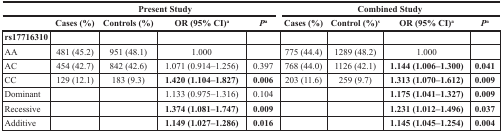
<table><thead><tr><td></td><td colspan="4"><b>Present Study</b></td><td colspan="4"><b>Combined Study</b></td></tr><tr><td></td><td><b>Cases (%)</b></td><td><b>Controls (%)</b></td><td><b>OR (95% CI)<sup>a</sup></b></td><td><b><i>P</i><sup>a</sup></b></td><td><b>Cases (%)</b></td><td><b>Control (%)<sup>s</sup></b></td><td><b>OR (95% CI)<sup>a</sup></b></td><td><b><i>P</i><sup>a</sup></b></td></tr></thead><tbody><tr><td><b>rs17716310</b></td><td></td><td></td><td></td><td></td><td></td><td></td><td></td><td></td></tr><tr><td>AA</td><td>481 (45.2)</td><td>951 (48.1)</td><td>1.000</td><td></td><td>775 (44.4)</td><td>1289 (48.2)</td><td>1.000</td><td></td></tr><tr><td>AC</td><td>454 (42.7)</td><td>842 (42.6)</td><td>1.071 (0.914–1.256)</td><td>0.397</td><td>768 (44.0)</td><td>1126 (42.1)</td><td><b>1.144 (1.006–1.300)</b></td><td><b>0.041</b></td></tr><tr><td>CC</td><td>129 (12.1)</td><td>183 (9.3)</td><td><b>1.420 (1.104–1.827)</b></td><td><b>0.006</b></td><td>203 (11.6)</td><td>259 (9.7)</td><td><b>1.313 (1.070–1.612)</b></td><td><b>0.009</b></td></tr><tr><td>Dominant</td><td></td><td></td><td>1.133 (0.975–1.316)</td><td>0.104</td><td></td><td></td><td><b>1.175 (1.041–1.327)</b></td><td><b>0.009</b></td></tr><tr><td>Recessive</td><td></td><td></td><td><b>1.374 (1.081–1.747)</b></td><td><b>0.009</b></td><td></td><td></td><td><b>1.231 (1.012–1.496)</b></td><td><b>0.037</b></td></tr><tr><td>Additive</td><td></td><td></td><td><b>1.149 (1.027–1.286)</b></td><td><b>0.016</b></td><td></td><td></td><td><b>1.145 (1.045–1.254)</b></td><td><b>0.004</b></td></tr></tbody></table>